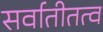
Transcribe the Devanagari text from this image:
सर्वातीतत्व